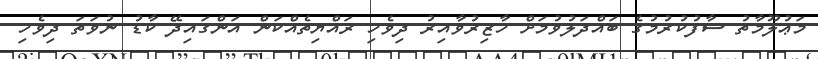
މަޢުލޫމާތު ސާފުކުރުމުގެ ބައްދަލުވުމަށް ހާޒިރުވާއިރު ދިވެހި ރައްޔިތެއްކަން އަންގައިދޭ ކާޑު ނުވަތަ ދިވެހި